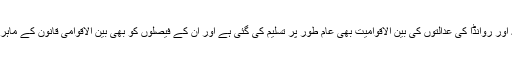
نورمبرگ اور ٹوکیو کی عدالتوں کی بہ نسبت یوگوسلاویہ اور روانڈا کی عدالتوں کی بین الاقوامیت بھی عام طور پر تسلیم کی گئی ہے اور ان کے فیصلوں کو بھی بین الاقوامی قانون کے ماہرین کی اکثریت نے تائید و تحسین کی نظر سے دیکھا ہے۔